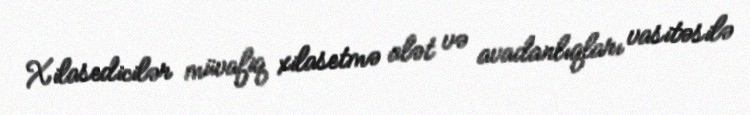
Xilasedicilər müvafiq xilasetmə alət və avadanlıqları vasitəsilə